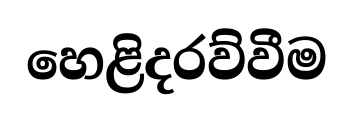
හෙළිදරව්වීම